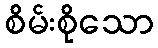
စိမ်းစိုသော